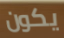
يكون